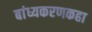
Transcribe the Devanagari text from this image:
बांध्यकरणकहा